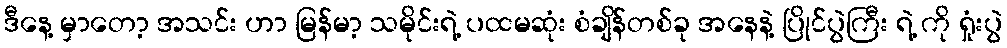
ဒီနေ့ မှာတော့ အသင်း ဟာ မြန်မာ့ သမိုင်းရဲ့ ပထမဆုံး စံချိန်တစ်ခု အနေနဲ့ ပြိုင်ပွဲကြီး ရဲ့ ကို ရှုံးပွဲ